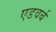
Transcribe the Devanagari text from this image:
एडवर्ब